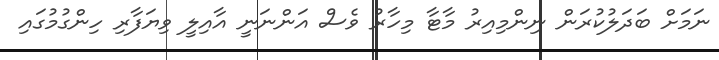
ނަމަށް ބަދަލުކުރަން ނިންމިއިރު މާާޓާ މިހާރު ވެސް އަންނަނީ އާއިލީ ވިޔަފާރި ހިންގުމުގައި